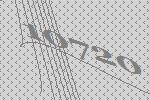
10720